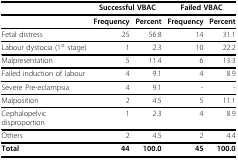
|  | <COLSPAN=2> Successful VBAC | <COLSPAN=2> Failed VBAC |
 | --- | --- | --- | --- | --- |
 |  | Frequency | Percent | Frequency | Percent |
 | Fetal distress | 25 | 56.8 | 14 | 31.1 |
 | Labour dystocia (1st stage) | 1 | 2.3 | 10 | 22.2 |
 | Malpresentation | 5 | 11.4 | 6 | 13.3 |
 | Failed induction of labour | 4 | 9.1 | 4 | 8.9 |
 | Severe Pre-eclampsia | 4 | 9.1 | - | - |
 | Malposition | 2 | 4.5 | 5 | 11.1 |
 | Cephalopelvic disproportion | 1 | 2.3 | 4 | 8.9 |
 | Others | 2 | 4.5 | 2 | 4.4 |
 | Total | 44 | 100.0 | 45 | 100.0 |